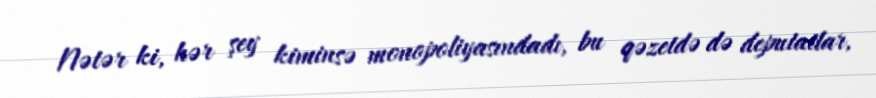
Nətər ki, hər şey kiminsə monopoliyasındadı, bu qəzetdə də deputatlar,